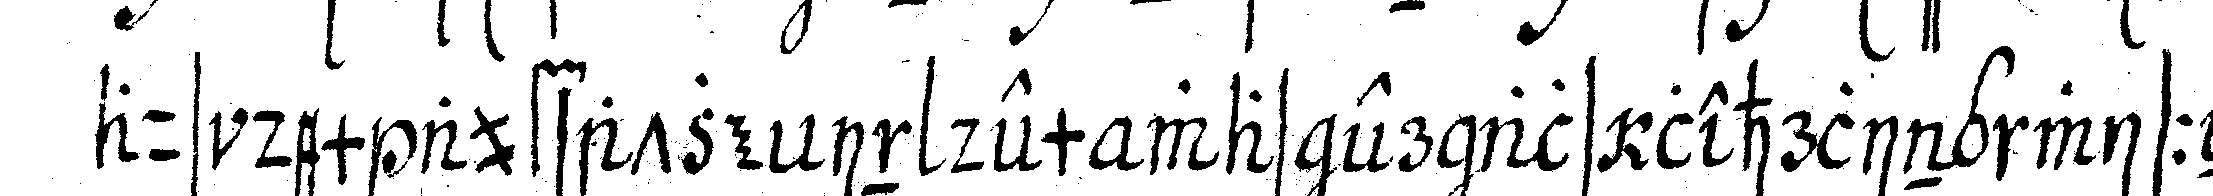
aus dem aufsatze in dem was er als lehrling wisseN